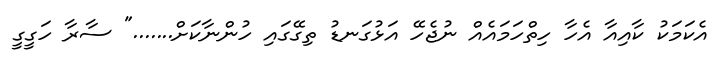
އެކަމަކު ކާއިއާ އެހާ ހިތްހަމައެއް ނުޖެހޭ އަޅުގަނޑު ތިގޭގައި ހުންނާކަށް......." ސާރާ ހަގީގީ